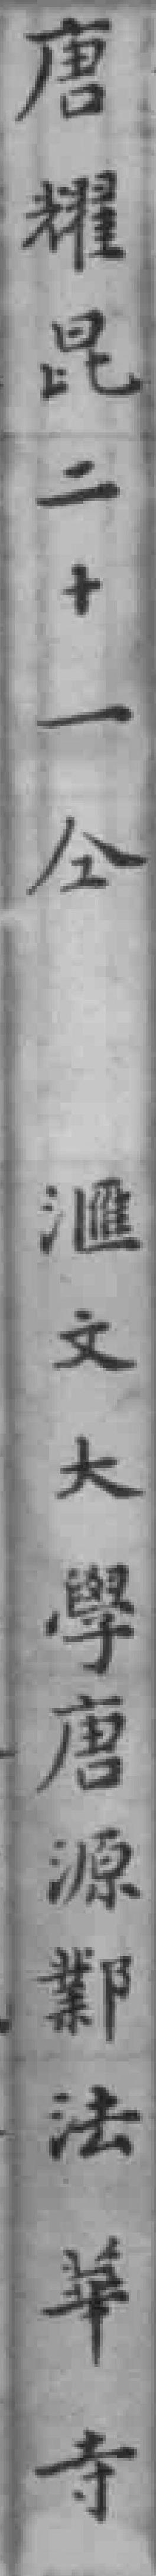
唐耀昆二十一仝滙文大學唐源鄴法華寺